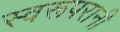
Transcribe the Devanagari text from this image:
स्वरूपरानी